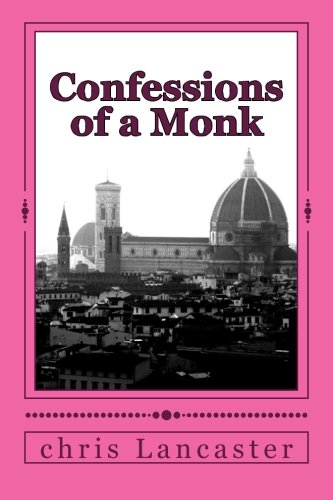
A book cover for Confessions of a Monk; chris Lancaster; Religion & Spirituality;